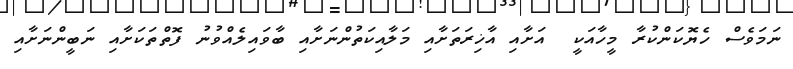
ނަމަވެސް ހެޔޮކަންކުރާ މީހާއަކީ  އަށާއި އާޚިރަތަށާއި މަލާއިކަތުންނަށާއި ބާވައިލެއްވުނު ފޮތްތަކަށާއި ނަބީންނަށާއި